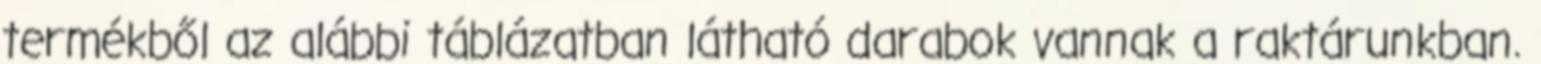
termékből az alábbi táblázatban látható darabok vannak a raktárunkban.